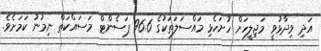
އަދި ވިދާޅުވީ މަޖިލީހަށް ހުށަހެޅި މައްސަލަތަކުގެ 96.6 ޕަސެންޓް މަސައްކަތް ނިމުނު ކަމަށެވެ.